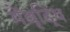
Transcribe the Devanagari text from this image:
मेंवृद्धि